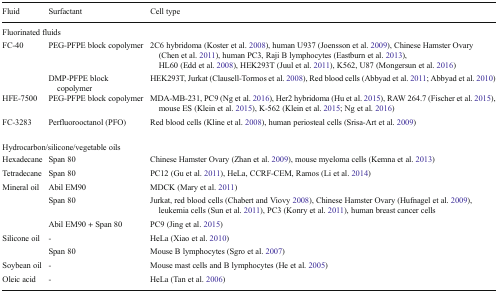
<table><thead><tr><td><b>Fluid</b></td><td><b>Surfactant</b></td><td><b>Cell type</b></td></tr></thead><tbody><tr><td colspan="3">Fluorinated fluids</td></tr><tr><td>FC-40</td><td>PEG-PFPE block copolymer</td><td>2C6 hybridoma (Koster et al. 2008), human U937 (Joensson et al. 2009), Chinese Hamster Ovary (Chen et al. 2011), human PC3, Raji B lymphocytes (Eastburn et al. 2013), HL60 (Edd et al. 2008), HEK293T (Juul et al. 2011), K562, U87 (Mongersun et al. 2016)</td></tr><tr><td></td><td>DMP-PFPE block copolymer</td><td>HEK293T, Jurkat (Clausell-Tormos et al. 2008), Red blood cells (Abbyad et al. 2011; Abbyad et al. 2010)</td></tr><tr><td>HFE-7500</td><td>PEG-PFPE block copolymer</td><td>MDA-MB-231, PC9 (Ng et al. 2016), Her2 hybridoma (Hu et al. 2015), RAW 264.7 (Fischer et al. 2015), mouse ES (Klein et al. 2015), K-562 (Klein et al. 2015; Ng et al. 2016)</td></tr><tr><td>FC-3283</td><td>Perfluorooctanol (PFO)</td><td>Red blood cells (Kline et al. 2008), human periosteal cells (Srisa-Art et al. 2009)</td></tr><tr><td colspan="3">Hydrocarbon/silicone/vegetable oils</td></tr><tr><td>Hexadecane</td><td>Span 80</td><td>Chinese Hamster Ovary (Zhan et al. 2009), mouse myeloma cells (Kemna et al. 2013)</td></tr><tr><td>Tetradecane</td><td>Span 80</td><td>PC12 (Gu et al. 2011), HeLa, CCRF-CEM, Ramos (Li et al. 2014)</td></tr><tr><td>Mineral oil</td><td>Abil EM90</td><td>MDCK (Mary et al. 2011)</td></tr><tr><td></td><td>Span 80</td><td>Jurkat, red blood cells (Chabert and Viovy 2008), Chinese Hamster Ovary (Hufnagel et al. 2009), leukemia cells (Sun et al. 2011), PC3 (Konry et al. 2011), human breast cancer cells</td></tr><tr><td></td><td>Abil EM90 + Span 80</td><td>PC9 (Jing et al. 2015)</td></tr><tr><td>Silicone oil</td><td>-</td><td>HeLa (Xiao et al. 2010)</td></tr><tr><td></td><td>Span 80</td><td>Mouse B lymphocytes (Sgro et al. 2007)</td></tr><tr><td>Soybean oil</td><td>-</td><td>Mouse mast cells and B lymphocytes (He et al. 2005)</td></tr><tr><td>Oleic acid</td><td>-</td><td>HeLa (Tan et al. 2006)</td></tr></tbody></table>